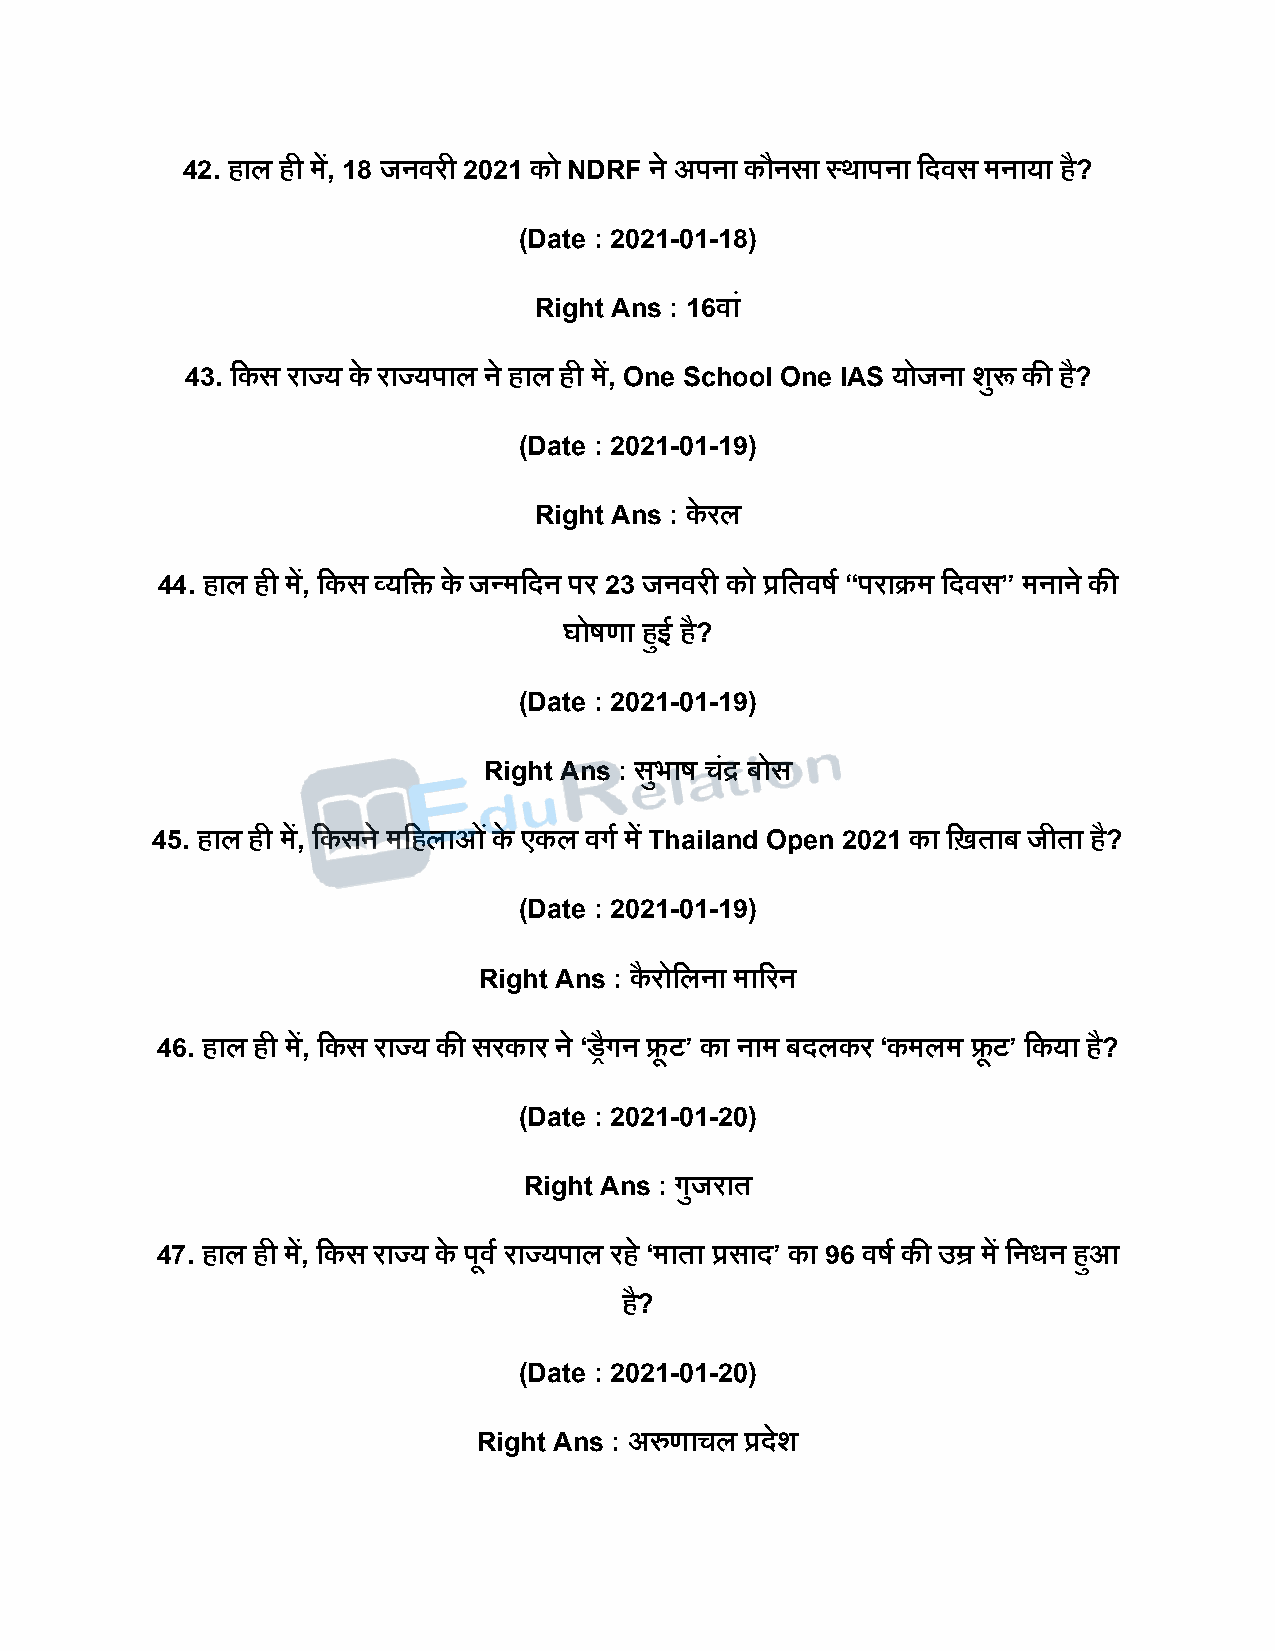
42. हाल ही में, 18 जनवरी 2021 को NDRF ने अिना कौनसा स्थािना दिवस मनाया है?
 (Date : 2021-01-18)
 Right Ans : 16वां
 43. दकस राज्य के राज्यिाल ने हाल ही में, One School One IAS योजना शुरू की है?
 (Date : 2021-01-19)
 Right Ans : के रल
 44. हाल ही में, दकस व्यदि के जन्मदिन िर 23 जनवरी को प्रदतवर्ष “िराक्रम दिवस” मनाने की
 घोर्णा हुई है?
 (Date : 2021-01-19)
 Right Ans : सभु ार् चंद्र बोस
 45. हाल ही में, दकसने मदहलाओ ंके एकल वगष में Thailand Open 2021 का दिताब जीता है?
 (Date : 2021-01-19)
 Right Ans : कै रोदलना माररन
 46. हाल ही में, दकस राज्य की सरकार ने ‘ड्रैगन फ्रू ट’ का नाम बिलकर ‘कमलम फ्रू ट’ दकया है?
 (Date : 2021-01-20)
 Right Ans : गुजरात
 47. हाल ही में, दकस राज्य के िूवष राज्यिाल रह े ‘माता प्रसाि’ का 96 वर्ष की उम्र में दनधन हुआ
 है?
 (Date : 2021-01-20)
 Right Ans : अरुणाचल प्रिेश